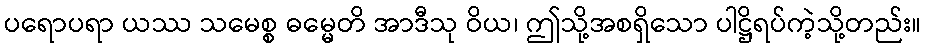
ပရောပရာ ယဿ သမေစ္စ ဓမ္မေတိ အာဒီသု ဝိယ၊ ဤသို့အစရှိသော ပါဋ္ဌိရပ်ကဲ့သို့တည်း။